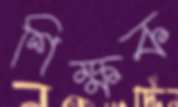
শিক্ষক